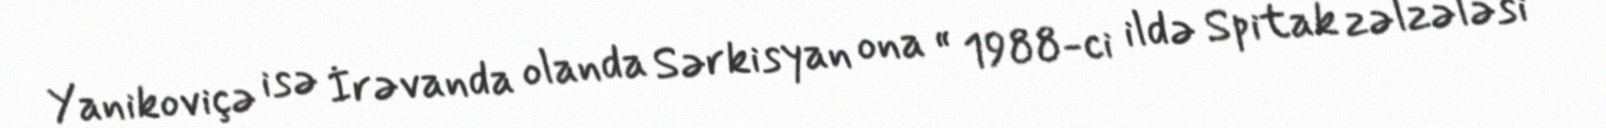
Yanikoviçə isə İrəvanda olanda Sərkisyan ona “ 1988-ci ildə Spitak zəlzələsi